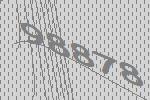
98878